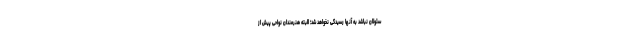
سئولان نباشد به آنها رسیدگی نخواهد شد؛ البته هنرمندان نواحی پیش از